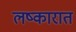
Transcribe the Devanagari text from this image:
लष्कारात